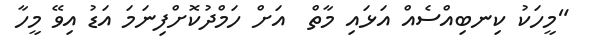
"މީހަކު ކިނބިއްސެއް އަޅައި މާތް  އަށް ހަމްދުކޮށްފިނަމަ އަޑު އިވޭ މީހާ